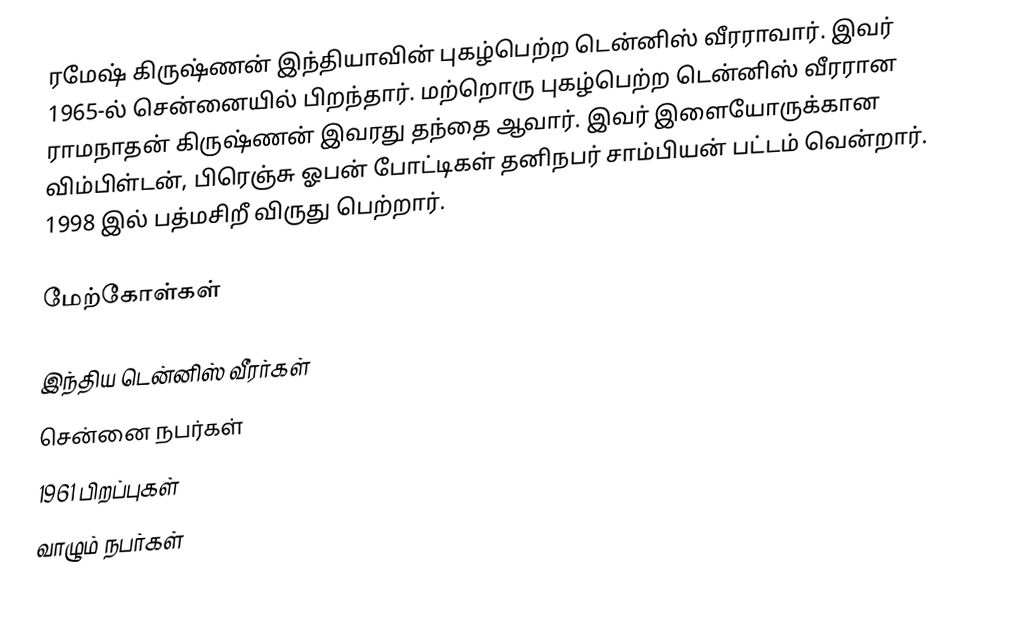
ரமேஷ் கிருஷ்ணன் இந்தியாவின் புகழ்பெற்ற டென்னிஸ் வீரராவார். இவர் 1965-ல் சென்னையில் பிறந்தார். மற்றொரு புகழ்பெற்ற டென்னிஸ் வீரரான ராமநாதன் கிருஷ்ணன் இவரது தந்தை ஆவார். இவர் இளையோருக்கான விம்பிள்டன், பிரெஞ்சு ஓபன் போட்டிகள் தனிநபர்  சாம்பியன் பட்டம் வென்றார். 1998 இல் பத்மசிறீ விருது பெற்றார்.

மேற்கோள்கள்

இந்திய டென்னிஸ் வீரர்கள்
சென்னை நபர்கள்
1961 பிறப்புகள்
வாழும் நபர்கள்